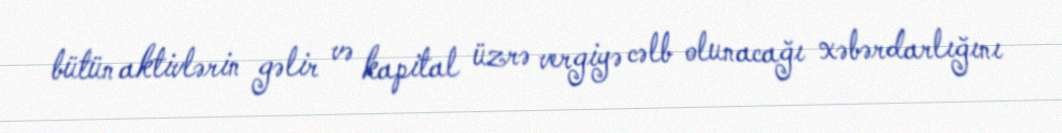
bütün aktivlərin gəlir və kapital üzrə vergiyə cəlb olunacağı xəbərdarlığını